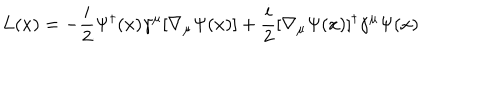
LaTeX: L ( x ) = - { \frac { i } { 2 } } \Psi ^ { \dagger } ( x ) \gamma ^ { \mu } [ \nabla _ { \mu } \Psi ( x ) ] + { \frac { i } { 2 } } [ \nabla _ { \mu } \Psi ( x ) ] ^ { \dagger } \gamma ^ { \mu } \Psi ( x )